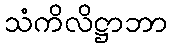
သံကိလိဋ္ဌာဘာ